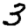
Digit: 3